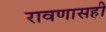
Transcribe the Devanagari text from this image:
रावणासही